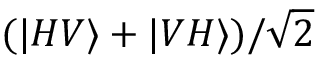
( | H V \rangle + | V H \rangle ) / \sqrt { 2 }